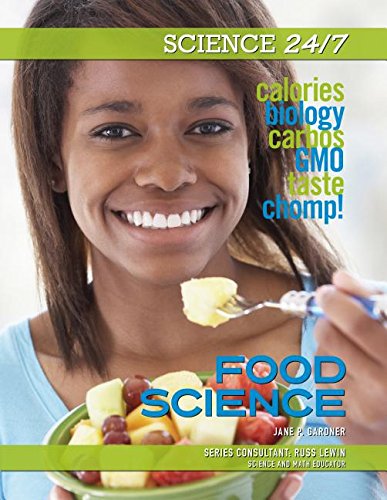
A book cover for Food Science (Science 24/7); Jane P. Gardner; Teen & Young Adult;